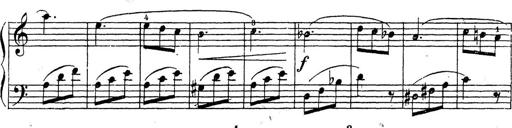
Title: 10 Sonatinas
Composer: Fritz Spindler